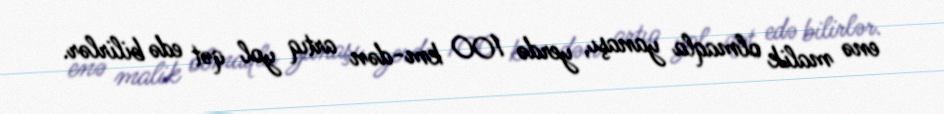
enə malik olmaqla yanaşı, yerdə 100 km-dən artıq yol qət edə bilirlər.